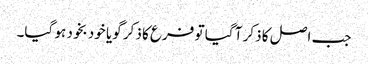
جب اصل کا ذکر آ گیا تو فرع کا ذکر گویا خود بخود ہو گیا۔